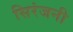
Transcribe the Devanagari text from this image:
सिरंजनी